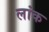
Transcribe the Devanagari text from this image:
लांक